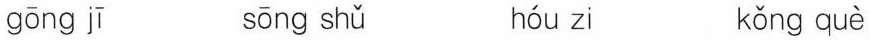
gōng jī sōng shǔ hóu zi kǒng què